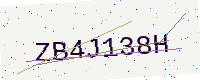
Text: ZB4J138H